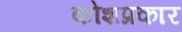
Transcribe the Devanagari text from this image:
कोशप्रकार